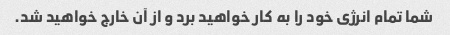
شما تمام انرژی خود را به کار خواهید برد و از آن خارج خواهید شد.